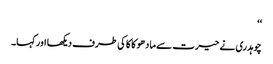
‘‘
چوہدری نے حیرت سے مادھو کاکا کی طرف دیکھا اور کہا۔